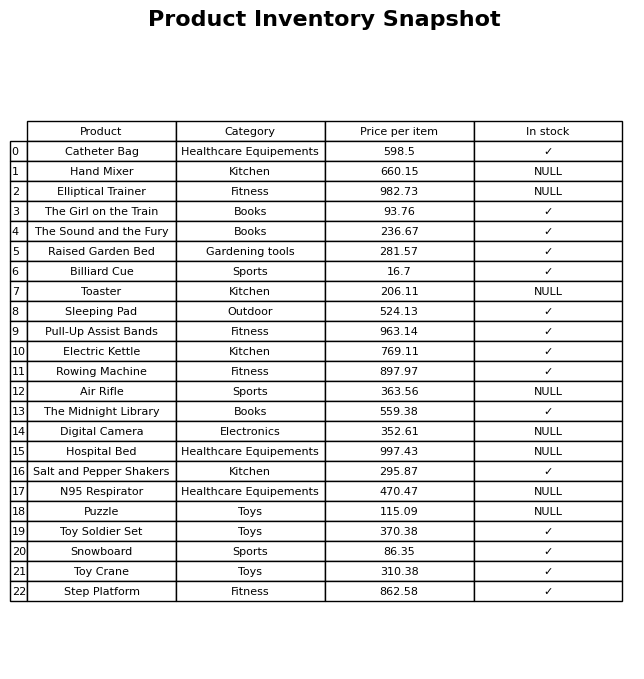
question: What is the price for Hospital Bed?
answer: The price of Hospital Bed is 997.43.